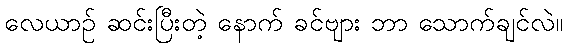
လေယာဉ် ဆင်းပြီးတဲ့ နောက် ခင်ဗျား ဘာ သောက်ချင်လဲ။